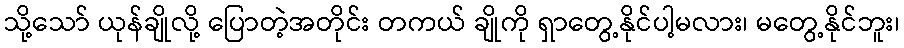
သို့သော် ယုန်ချိုလို့ ပြောတဲ့အတိုင်း တကယ် ချိုကို ရှာတွေ့နိုင်ပါ့မလား၊ မတွေ့နိုင်ဘူး၊